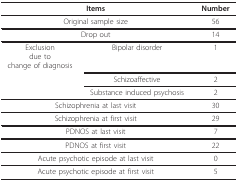
| <COLSPAN=2> Items | Number |
 | --- | --- | --- |
 | <COLSPAN=2> Original sample size | 56 |
 | <COLSPAN=2> Drop out | 14 |
 | Exclusiondue tochange of diagnosis | Bipolar disorder | 1 |
 |  | Schizoaffective | 2 |
 |  | Substance induced psychosis | 2 |
 | <COLSPAN=2> Schizophrenia at last visit | 30 |
 | <COLSPAN=2> Schizophrenia at first visit | 29 |
 | <COLSPAN=2> PDNOS at last visit | 7 |
 | <COLSPAN=2> PDNOS at first visit | 22 |
 | <COLSPAN=2> Acute psychotic episode at last visit | 0 |
 | <COLSPAN=2> Acute psychotic episode at first visit | 5 |